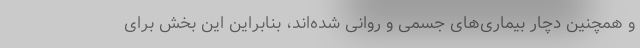
و همچنین دچار بیماری‌های جسمی و روانی شده‌اند، بنابراین این بخش برای